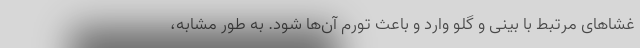
غشا‌های مرتبط با بینی و گلو وارد و باعث تورم آن‌ها شود. به طور مشابه،